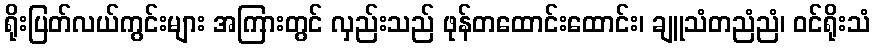
ရိုးပြတ်လယ်ကွင်းများ အကြားတွင် လှည်းသည် ဖုန်တထောင်းထောင်း၊ ချူသံတညံညံ၊ ဝင်ရိုးသံ